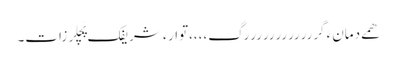
ھمے دمانءَ گررررررررررررگ،،،،توارءَ شریفک پَچلرزاِت۔